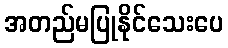
အတည်မပြုနိုင်သေးပေ